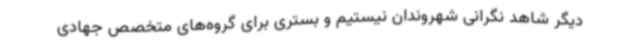
دیگر شاهد نگرانی شهروندان نیستیم و بستری برای گروه‌های متخصص جهادی